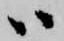
ハ